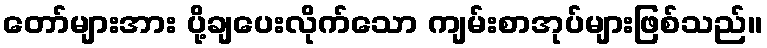
တော်များအား ပို့ချပေးလိုက်သော ကျမ်းစာအုပ်များဖြစ်သည်။